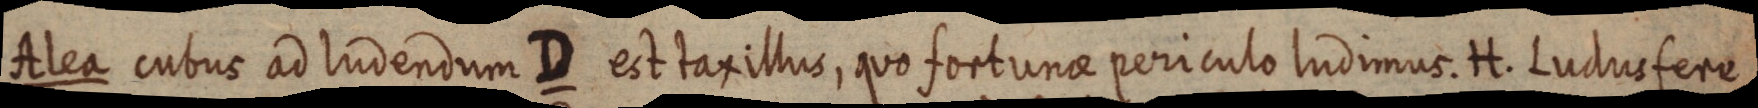
Alea cubus ad ludendum D est taxillus, quo fortunae periculo ludimus. H. Ludus fere